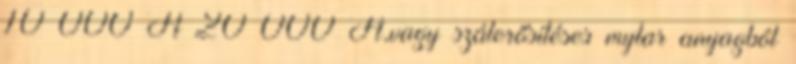
10 000 Ft 20 000 Ft,vagy szálerősítéses mylar anyagból